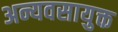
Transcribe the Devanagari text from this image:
अन्यवसायुक्त